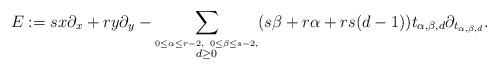
LaTeX: \begin{align*}E:=sx\partial_x+ry\partial_y-\sum_{\stackrel{0\le\alpha\le r-2,\ 0\le\beta\le s-2,}{ d\ge 0}}(s\beta+r\alpha+rs(d-1))t_{\alpha,\beta,d}\partial_{t_{\alpha,\beta,d}}.\end{align*}